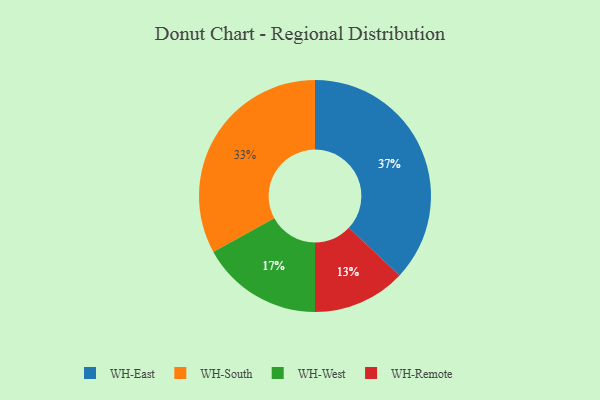
{"axis": {"x": "Category", "y": "Percentage"}, "legend": ["WH-East", "WH-Remote", "WH-South", "WH-West"], "data": [{"x": "WH-Remote", "y": 13, "type": "WH-Remote"}, {"x": "WH-East", "y": 37, "type": "WH-East"}, {"x": "WH-South", "y": 33, "type": "WH-South"}, {"x": "WH-West", "y": 17, "type": "WH-West"}]}